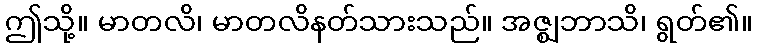
ဤသို့။ မာတလိ၊ မာတလိနတ်သားသည်။ အဇ္ဈဘာသိ၊ ရွတ်၏။